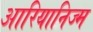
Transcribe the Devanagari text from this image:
आरियानिज्म